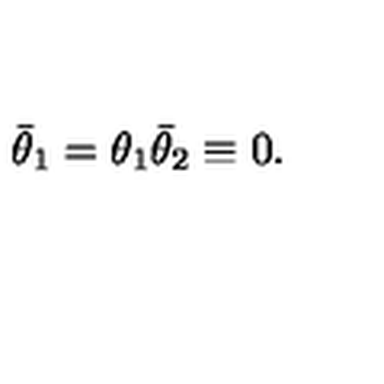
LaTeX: \bar { \theta } _ { 1 } = \theta _ { 1 } \bar { \theta } _ { 2 } \equiv 0 .